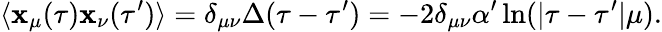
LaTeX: \langle\mathbf{x}_{\mu}(\tau)\mathbf{x}_{\nu}(\tau^{\prime})\rangle=\delta_{\mu\nu}\Delta(\tau-\tau^{\prime})=-2\delta_{\mu\nu}\alpha^{\prime}\ln(|\tau-\tau^{\prime}|\mu).